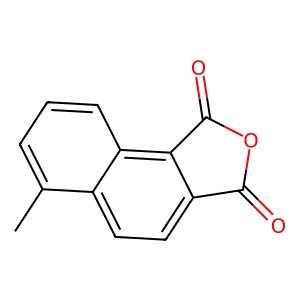
SMILES: Cc1cccc2c3c(ccc12)C(=O)OC3=O
Inhibits HIV replication: No